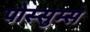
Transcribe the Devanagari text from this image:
पोस्सुम्स